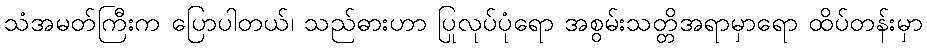
သံအမတ်ကြီးက ပြောပါတယ်၊ သည်ဓားဟာ ပြုလုပ်ပုံရော အစွမ်းသတ္တိအရာမှာရော ထိပ်တန်းမှာ